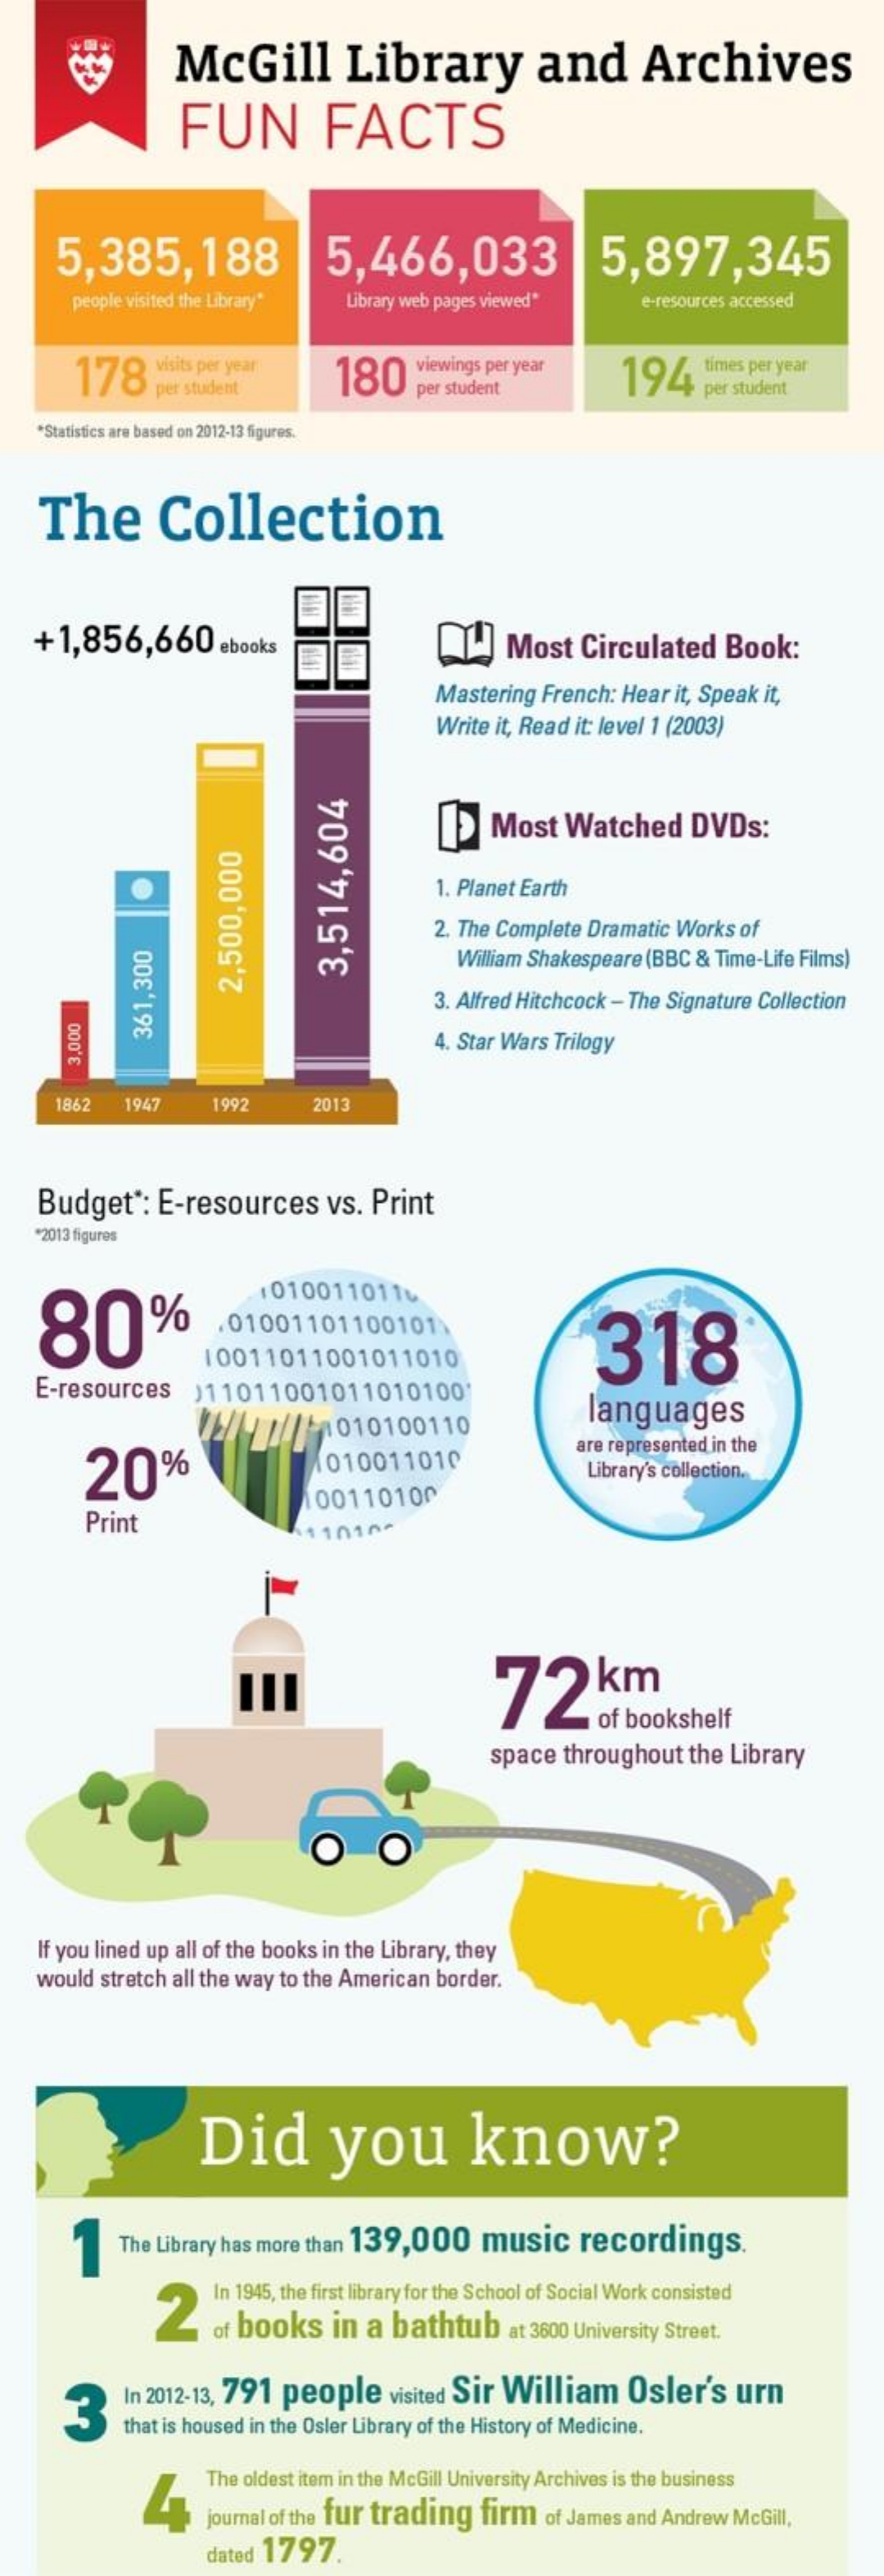
McGill    Library    and    Archives
     FUN    FACTS
     5,385,188    5,466,033    5,897,345
     people visited the Library" Library web pages viewed" e-resources accessed
     178   visits per year 180    194
     per student
     viewings per year    times per year
     per student    per student
    *Statistics are based on 2012-13 figures.
   The    Collection
   +1,856,660    ebooks    Most  Circulated   Book:
     Mastering French: Hear it, Speak it,
     Write it, Read it: level 1 (2003)
     [>  Most  Watched    DVDs:
     .    1. Planet Earth
     2. The Complete Dramatic Works of
     William Shakespeare (BBC & Time-Life Films)
     3,514,604
     3. Alfred Hitchcock - The Signature Collection
     2,500,000
     4. Star Wars Trilogy
     361,300
     3,000
     1862  194    1992    2013
    Budget  *: E-resources   vs. Print
   *2013 figures
    80    %
     10100110116
     .01001101100101
     318 10011011001011010
   E-resources   )11011001011010100
     languages
     20%    010011010
     are represented in the
     Library's collection.
     Print
     00110100
     72    km
     of bookshelf
     space throughout  the Library
     O
    If you lined up all of the books in the Library, they
   would stretch all the way to the American border.
     Did    you    know?
     1    The Library has more than 139,000 music  recordings.
     2
     In 1945, the first library for the School of Social Work consisted
     of books  in a  bathtub   at 3600 University Street.
     3    In 2012-13, 791 people visited Sir William  Osler's   urn
     that is housed in the Osler Library of the History of Medicine.
     4
     The oldest item in the McGill University Archives is the business
     journal of the fur trading firm of James and Andrew McGill,
     dated 1797.